Report on vaccination in Madras 1922-1929 - 1922-1929
Year: 1922
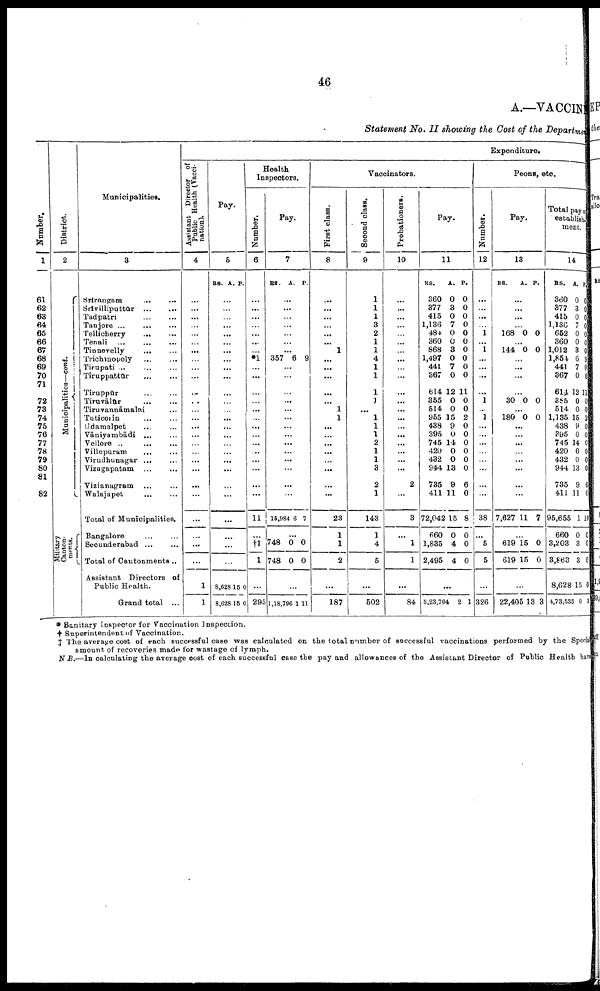
46
A.—VACCINE
Statement No. II showing the Cost of the Department
Number.
1
61
62
63
64
65
66
67
68
69
70
71
72
73
74
75
76
77
78
79
80
81
82
District.
2
Municipalities—cont.
Military
Canton
ments.
Municipalities.
3
Srīraugam
...
...
Srīvilliputtūr
...
...
Tadpatri
...
...
Tanjore
...
...
...
Tellicherry
...
...
Tenali
...
...
...
Tinnevelly
...
...
Trichinopoly
...
...
Tirupati
...
...
...
Tiruppattūr
...
...
Tiruppūr
...
...
Tiruvālūr
...
...
Tiruvannāmalai ...
Tuticorin ......
Udamaipet ... ...
Vāniyambādi
...
...
Vellore
... ... ...
Villupuram
...
...
Virudhunagar
...
...
Vizagapatam ... ...
Vizianagram ... ...
Walajapet
...
...
Total of Municipalities.
Bangalore
...
...
Secunderabad
...
...
Total of Cantonments ...
Assistant Directors of
Public Health.
Grand total ...
Expenditure.
Assistant Director of
Public Health (Vacci
nation).
4
...
...
...
...
...
...
...
...
...
...
...
...
...
...
...
...
...
...
...
...
...
...
...
...
...
...
1
1
Pay.
5
RS. A. P.
...
...
...
...
...
...
...
...
...
...
...
...
...
...
...
...
...
...
...
...
...
...
...
...
...
...
8,628
8,628
15
15
0
0
Health
Inspectors.
Number.
6
...
...
...
...
...
...
...
*1 ...
...
...
...
...
...
...
...
...
...
...
...
...
...
11
...
†1
1
...
295
Pay.
7
RS. A. P.
...
...
...
...
...
...
...
357 6 9
...
...
...
...
...
...
...
...
...
...
...
...
...
...
15,984 6 7
...
748
748
0
0
0
0
...
1,18,796 1 11
Vaccinators.
First class.
8
...
...
...
...
...
...
1
...
...
...
...
...
1
1
...
...
...
...
...
...
...
...
23
1
1
2
...
187
Second class.
9
1
1
1
3
2
1
1
4
1
1
1
1
...
1
1
1
2
1
1
3
2
1
143
1
4
5
...
502
Probationers.
10
...
...
...
...
...
...
...
...
...
...
...
...
...
...
...
...
...
...
...
...
2
...
3
...
1
1
...
84
Pay.
11
RS.
360
377
415
1,136
484
360
868
1,497
441
367
614
355
514
955
438
395
745
420
432
944
735
411
72,042
660
1,835
2,495
A.
0
3
0
7
0
0
3
0
7
0
12
0
0
15
9
0
14
0
0
13
9
11
15
0
4
4
P.
0
0
0
0
0
0
0
0
0
0
11
0
0
2
0
0
0
0
0
0
6
0
8
0
0
0
...
3,23,704
2 1
Peons, etc.
Number.
12
...
...
...
...
1
...
1
...
...
...
...
1
...
1
...
...
...
...
...
...
...
...
38
...
5
5
...
326
Pay.
13
RS.
A. P.
...
...
...
...
168 0 0
...
144 0 0
...
...
...
...
30 0 0
...
180 0 0
...
...
...
...
...
...
...
...
7,627 11 7
...
619
619
15
15
0
0
...
22,405 13 3
Total pay of
establish¬
ment.
14
RS.
360
377
415
1,136
652
360
1,012
1,854
441
367
614
385
514
1,135
438
395
745
420
432
944
735
411
95,655
660
3,203
3,863
8,628
4,73,585
A.
0
3
0
7
0
0
3
6
7
0
12
0
0
15
9
0
14
0
0
13
9
11
1
0
3
3
15
0
P.
0
0
0
0
0
0
0
9
0
0
11
0
0
2
0
0
0
0
0
0
6
0
10
0
0
0
0
3
* Sanitary Inspector for Vaccination Inspection.
† Superintendent of Vaccination.
‡ The average cost of each successful case was calculated on the total number of successful vaccinations performed by the Special
amount of recoveries made for wastage of lymph.
N. B.—In calculating the average cost of each successful case the pay and allowances of the Assistant Director of Public Health have